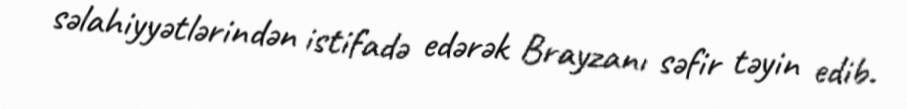
səlahiyyətlərindən istifadə edərək Brayzanı səfir təyin edib.